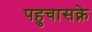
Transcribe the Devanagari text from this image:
पहुचासक्ने